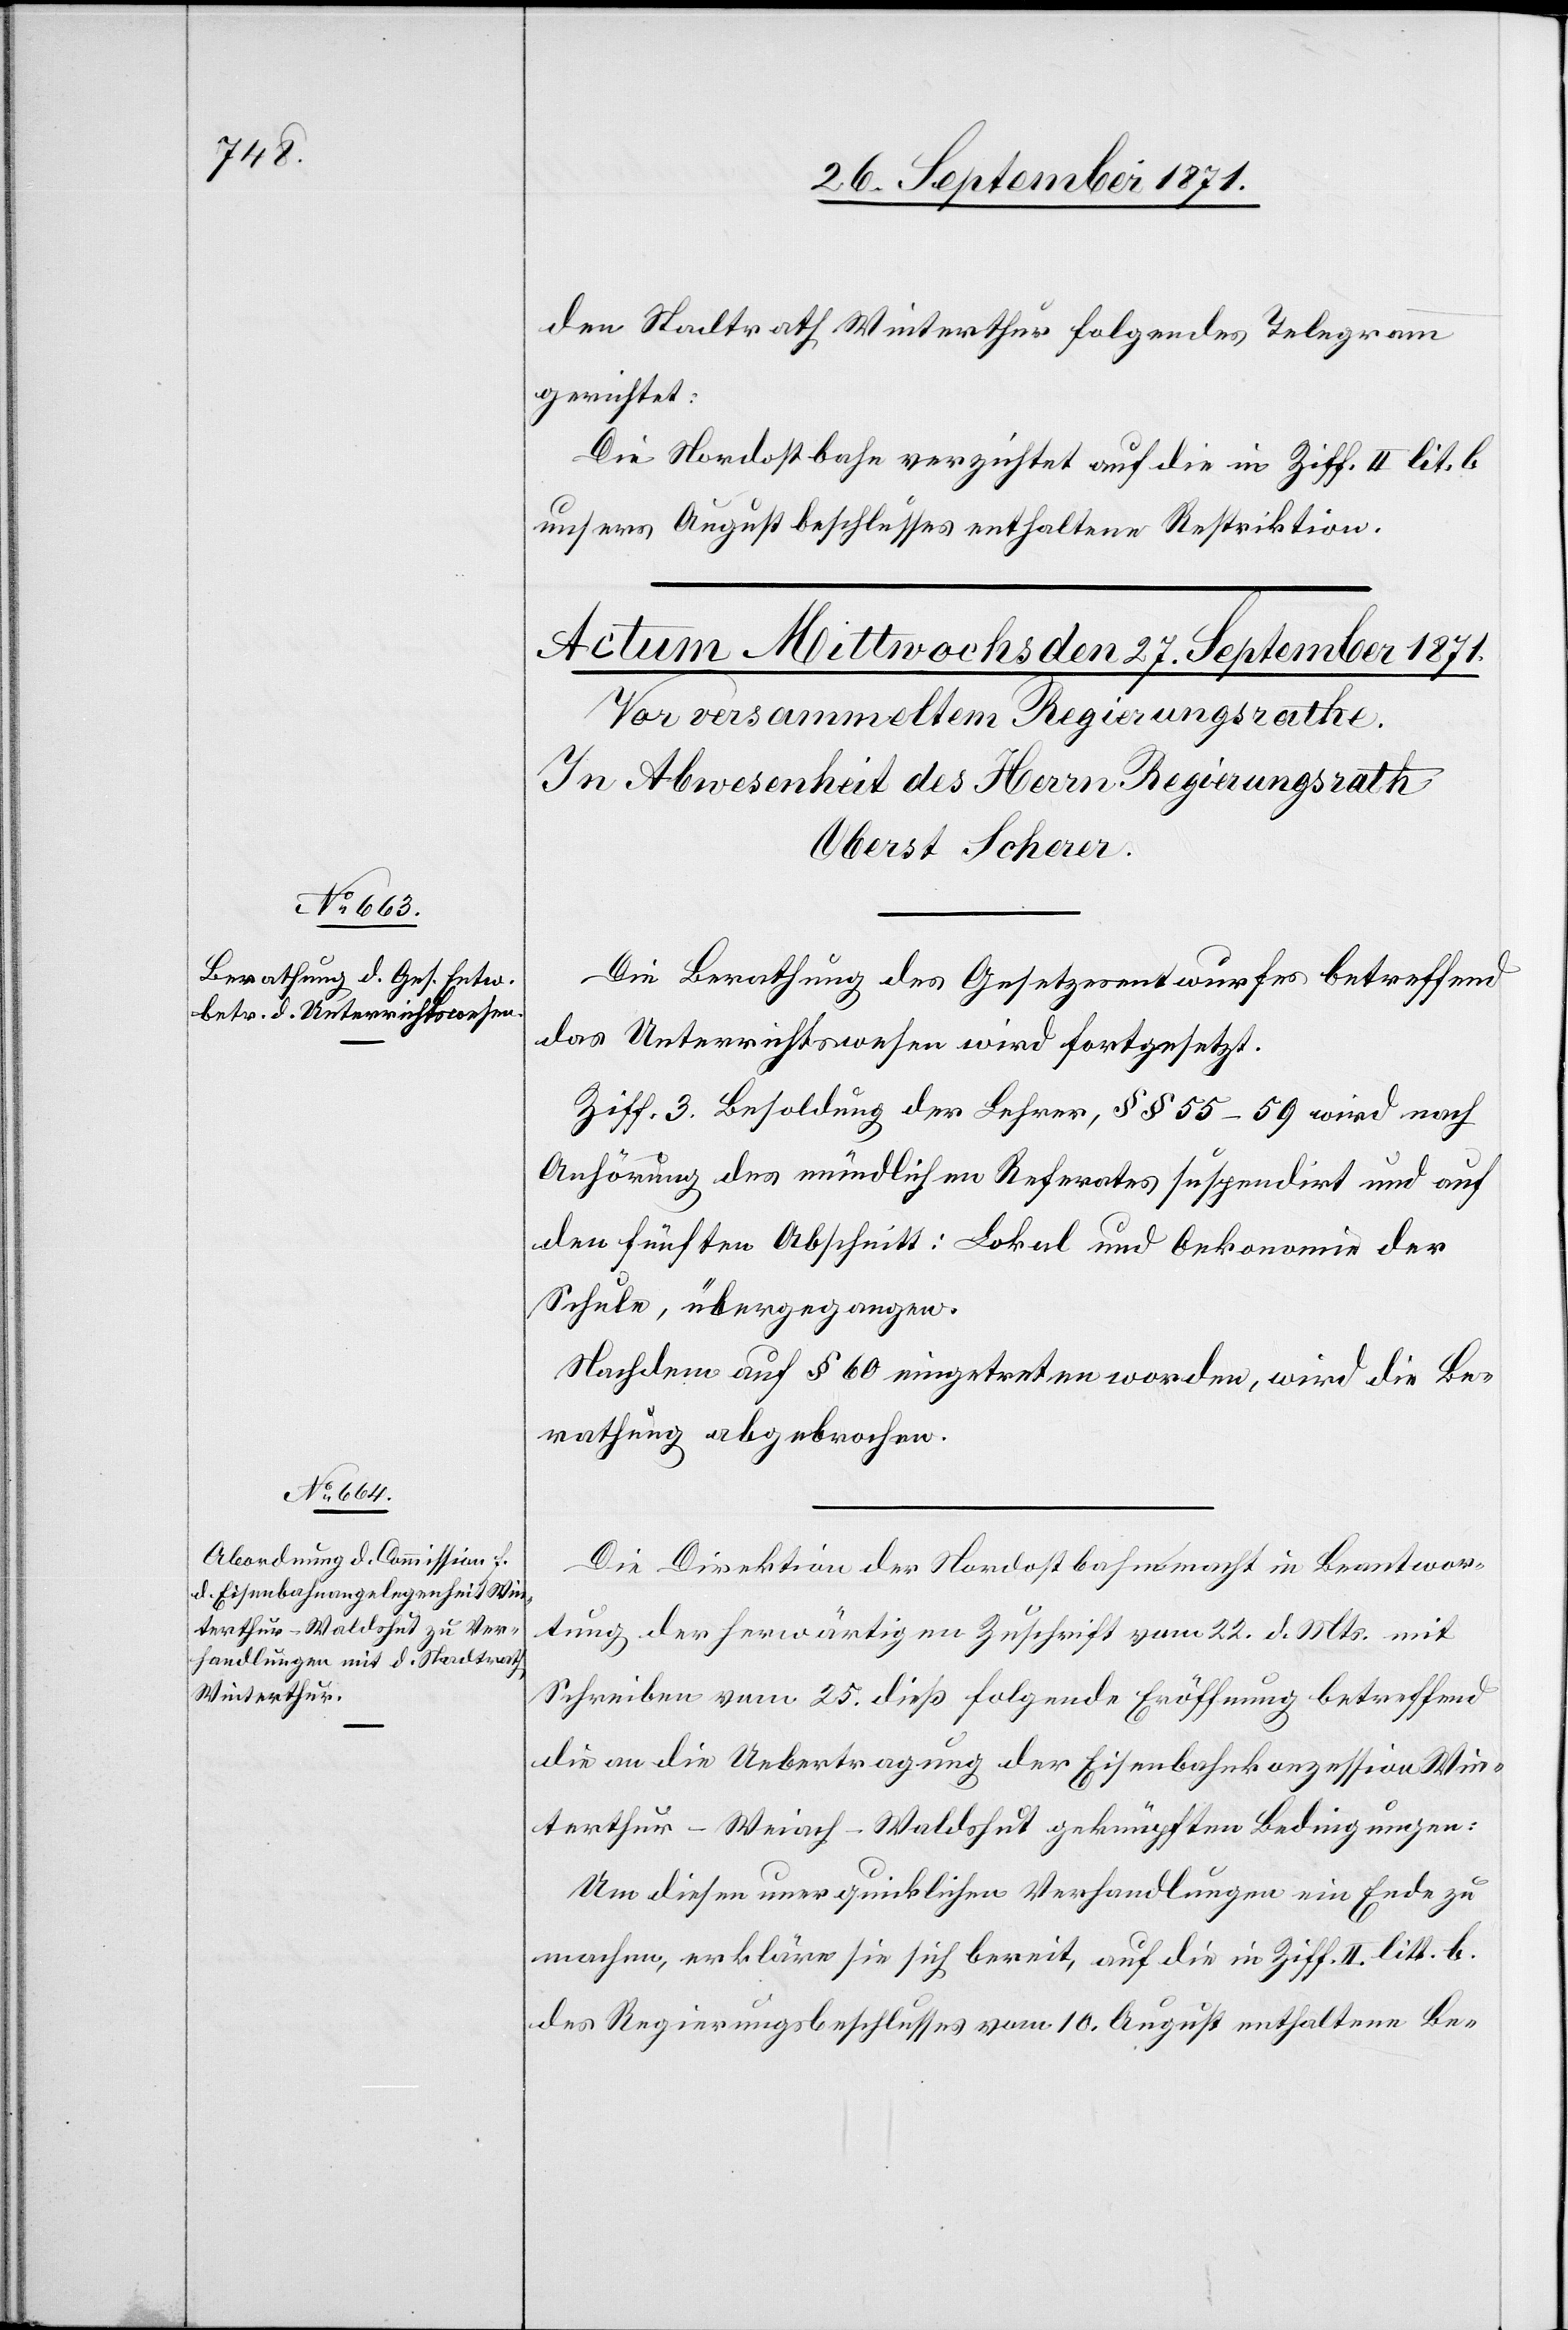
den Stadtrath Winterthur folgendes Telegram
gerichtet:
Die Nordostbahn verzichtet auf die in Ziff. II lit. B
unseres Augustbeschlusses enthaltene Restriktion.
Die Berathung des Gesetzesentwurfes betreffend
das Unterrichtswesen wird fortgesetzt.
Ziff. 3. Besoldung der Lehrer §§ 55–59 wird nach
Anhörung des mündlichen Referats suspendirt und auf
den fünften Abschnitt: Lokal und Oekonomie der
Schule, übergegangen.
Nachdem auf § 60 eingetreten worden, wird die Be¬
rathung abgebrochen.
Die Direktion der Nordostbahn macht in Beantwor¬
tung der herwärtigen Zuschrift vom 22. d. Mts. mit
Schreiben vom 25. dieß folgende Eröffnung betreffend
die an die Uebertragung der Eisenbahnkonzession Win¬
terthur–Weiach–Waldshut geknüpften Bedingungen:
Um diesen unerquicklichen Verhandlungen ein Ende zu
machen, erklären sie sich bereit, auf die in Ziff. II. litt. b.
des Regierungsbeschlusses vom 10. August enthaltene Be-